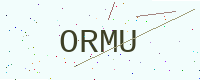
Text: ORMU